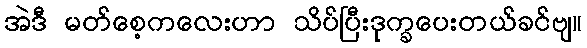
အဲဒီ မတ်စေ့ကလေးဟာ သိပ်ပြီးဒုက္ခပေးတယ်ခင်ဗျ။